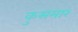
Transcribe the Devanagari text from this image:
कुसमार